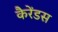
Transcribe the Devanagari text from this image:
कैरेंडस